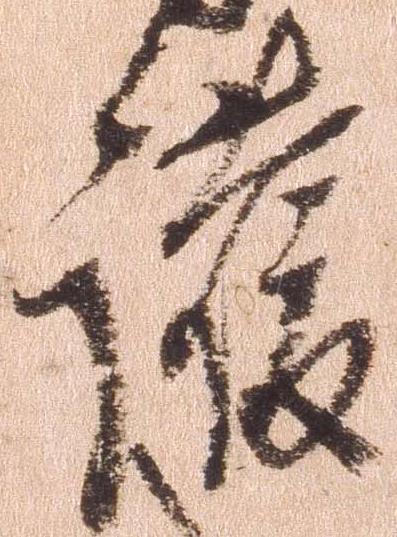
護